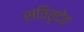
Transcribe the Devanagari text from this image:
सवितृदेव